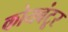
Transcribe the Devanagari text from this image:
कोयबंटूर